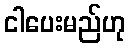
ငါပေးမည်ဟု